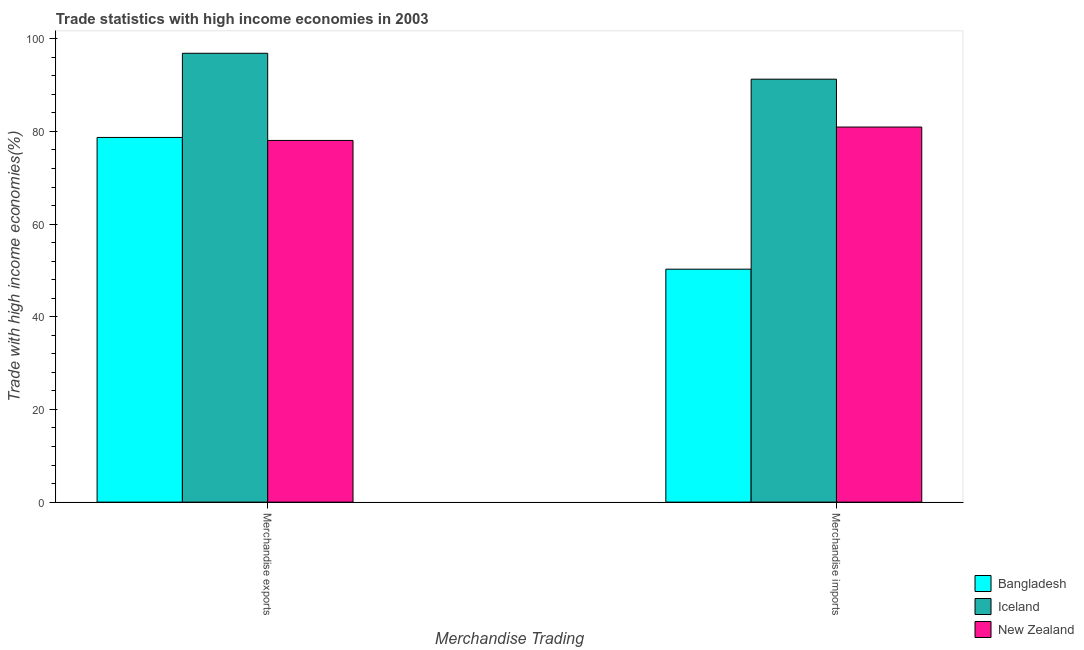
| Merchandise Trading | Bangladesh | Iceland | New Zealand |
 | --- | --- | --- | --- |
 | Merchandise exports | 78.7 | 96.9 | 78.1 |
 | Merchandise imports | 50.3 | 91.3 | 80.9 |